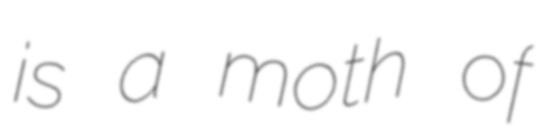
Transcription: is a moth of